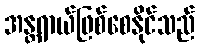
အန္တရာယ်ဖြစ်စေနိုင်သည်